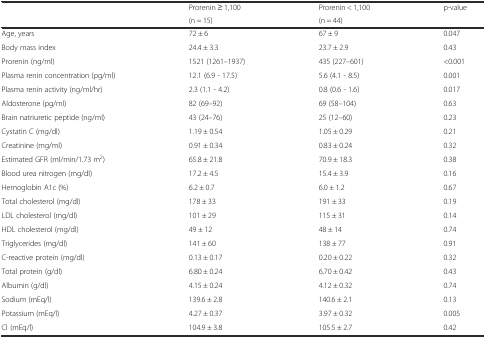
<table><thead><tr><td rowspan="2"></td><td><b>Prorenin ≥ 1,100</b></td><td><b>Prorenin &lt; 1,100</b></td><td rowspan="2"><b>p-value</b></td></tr><tr><td><b>(n = 15)</b></td><td><b>(n = 44)</b></td></tr></thead><tbody><tr><td>Age, years</td><td>72 ± 6</td><td>67 ± 9</td><td>0.047</td></tr><tr><td>Body mass index</td><td>24.4 ± 3.3</td><td>23.7 ± 2.9</td><td>0.43</td></tr><tr><td>Prorenin (ng/ml)</td><td>1521 (1261–1937)</td><td>435 (227–601)</td><td>&lt;0.001</td></tr><tr><td>Plasma renin concentration (pg/ml)</td><td>12.1 (6.9 - 17.5)</td><td>5.6 (4.1 - 8.5)</td><td>0.001</td></tr><tr><td>Plasma renin activity (ng/ml/hr)</td><td>2.3 (1.1 - 4.2)</td><td>0.8 (0.6 - 1.6)</td><td>0.017</td></tr><tr><td>Aldosterone (pg/ml)</td><td>82 (69–92)</td><td>69 (58–104)</td><td>0.63</td></tr><tr><td>Brain natriuretic peptide (ng/ml)</td><td>43 (24–76)</td><td>25 (12–60)</td><td>0.23</td></tr><tr><td>Cystatin C (mg/dl)</td><td>1.19 ± 0.54</td><td>1.05 ± 0.29</td><td>0.21</td></tr><tr><td>Creatinine (mg/ml)</td><td>0.91 ± 0.34</td><td>0.83 ± 0.24</td><td>0.32</td></tr><tr><td>Estimated GFR (ml/min/1.73 m<sup>2</sup>)</td><td>65.8 ± 21.8</td><td>70.9 ± 18.3</td><td>0.38</td></tr><tr><td>Blood urea nitrogen (mg/dl)</td><td>17.2 ± 4.5</td><td>15.4 ± 3.9</td><td>0.16</td></tr><tr><td>Hemoglobin A1c (%)</td><td>6.2 ± 0.7</td><td>6.0 ± 1.2</td><td>0.67</td></tr><tr><td>Total cholesterol (mg/dl)</td><td>178 ± 33</td><td>191 ± 33</td><td>0.19</td></tr><tr><td>LDL cholesterol (mg/dl)</td><td>101 ± 29</td><td>115 ± 31</td><td>0.14</td></tr><tr><td>HDL cholesterol (mg/dl)</td><td>49 ± 12</td><td>48 ± 14</td><td>0.74</td></tr><tr><td>Triglycerides (mg/dl)</td><td>141 ± 60</td><td>138 ± 77</td><td>0.91</td></tr><tr><td>C-reactive protein (mg/dl)</td><td>0.13 ± 0.17</td><td>0.20 ± 0.22</td><td>0.32</td></tr><tr><td>Total protein (g/dl)</td><td>6.80 ± 0.24</td><td>6.70 ± 0.42</td><td>0.43</td></tr><tr><td>Albumin (g/dl)</td><td>4.15 ± 0.24</td><td>4.12 ± 0.32</td><td>0.74</td></tr><tr><td>Sodium (mEq/l)</td><td>139.6 ± 2.8</td><td>140.6 ± 2.1</td><td>0.13</td></tr><tr><td>Potassium (mEq/l)</td><td>4.27 ± 0.37</td><td>3.97 ± 0.32</td><td>0.005</td></tr><tr><td>Cl (mEq/l)</td><td>104.9 ± 3.8</td><td>105.5 ± 2.7</td><td>0.42</td></tr></tbody></table>